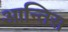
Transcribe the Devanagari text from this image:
आन्तिस